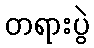
တရားပွဲ